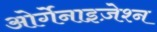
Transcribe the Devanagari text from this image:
ओर्गेनाइज़ेश्न